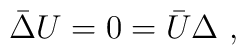
\bar\Delta U= 0 = \bar U\Delta\ ,